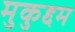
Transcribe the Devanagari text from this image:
मुकुद्दम